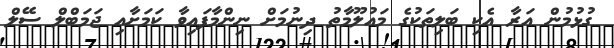
ގުޅުމުން އަރާ އެކި ބަލިތަކުގެ މައުލޫމާތު ދިނުމަށް ނިންމާފައިވާ ކަމަށާއި ޖަމަބްލް ސޭލް